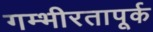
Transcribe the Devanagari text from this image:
गम्भीरतापूर्क